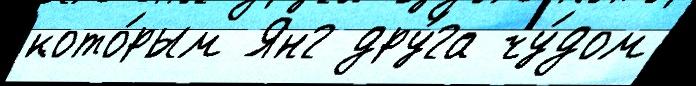
кото́рым Янг дру́га чу́дом